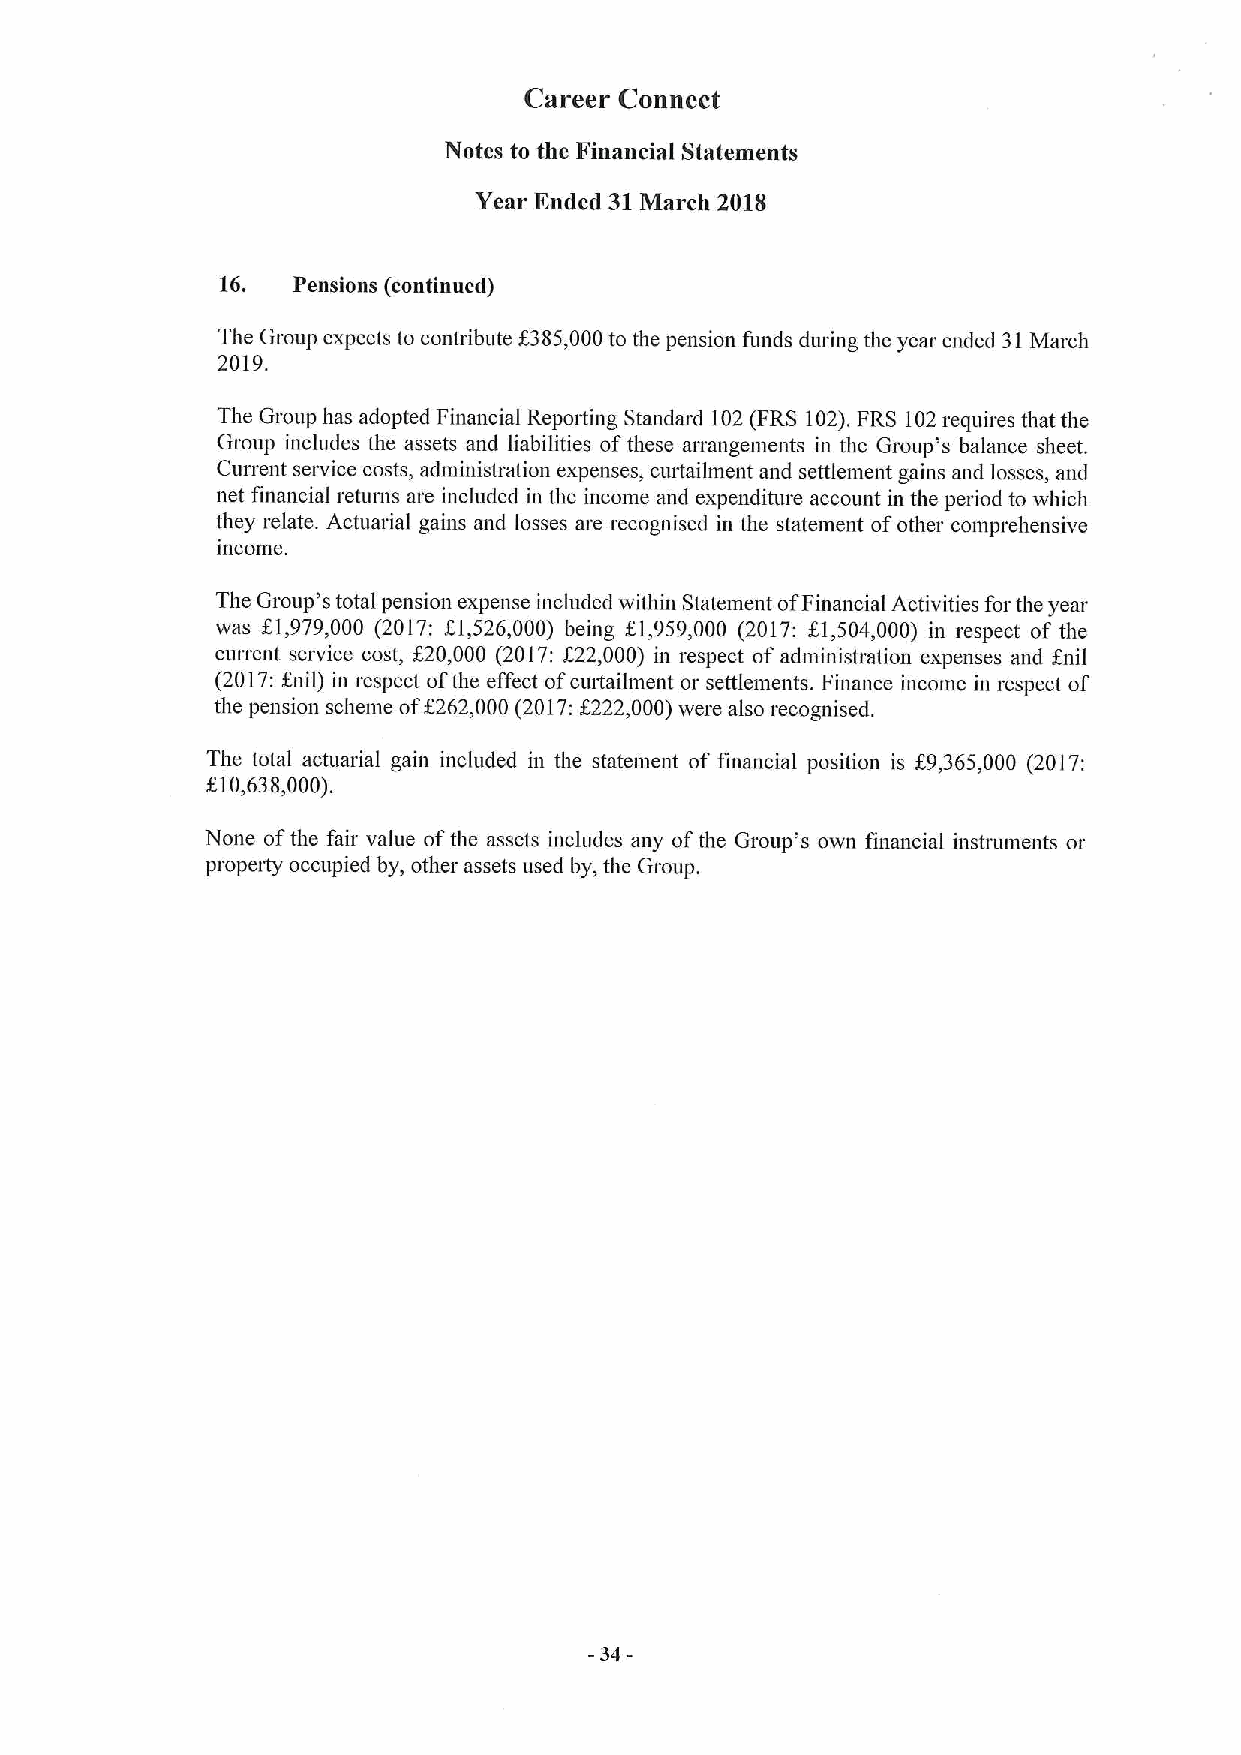
Career Connect
 Notes to the Financial Statements
 Year Ended 31March 2018
 16. Pensions (continued)
 The Group expects to contribute $385,000to the pension funds during the year ended 31March
 2019.
 The Group has adopted Financial Reporting Standard 102(FRS 102).FRS 102requires that the
 Group includes the assets and liabilities ofthese arrangements in the Group's balance sheet.
 Current service costs, administration expenses, curtailment and settlement gains and losses, and
 net financial returns are included in the income and expenditure account in the period to which
 they relate. Actuarial gains and losses are recognised in the statement ofother comprehensive
 income.
 The Group's total pension expense included within Statement ofFinancial Activities for the year
 0,
 was  979,000 (2017: $1,526,000) being 61,959,000 (2017: 81,504,000) in respect of the
 current service cost, f20,000 (2017:f22,000) in respect of administration expenses and foil
 (2017:Knit) in respect ofthe effect ofcurtailment or settlements. Finance income in respect of
 the pension scheme
 off
 262,000 (2017:f222,000)were also recognised.
 The total actuarial gain included in the statement of financial position is K9,365,000 (2017:
 f10,638,000).
 None ofthe fair value ofthe assets includes any ofthe Group's own financial instruments or
 propeity occupied by, other assets used by, the Group.
 -34-